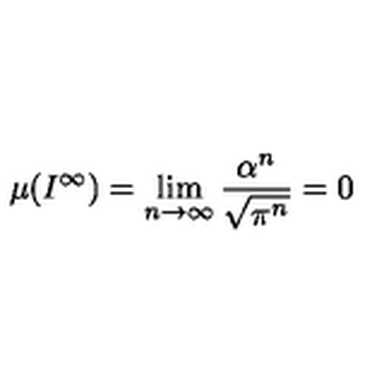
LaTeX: \mu ( I ^ { \infty } ) = \lim _ { n \rightarrow \infty } \frac { \alpha ^ { n } } { \sqrt { \pi ^ { n } } } = 0